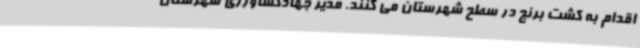
اقدام به کشت برنج در سطح شهرستان می کنند. مدیر جهادکشاورزی شهرستان